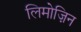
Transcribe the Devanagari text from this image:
लिमोज़िन